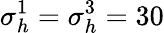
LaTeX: \sigma_{h}^{1}=\sigma_{h}^{3}=30